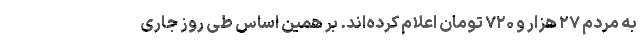
به مردم ۲۷ هزار و ۷۲۰ تومان اعلام کرده‌اند. بر همین‌ اساس طی روز جاری